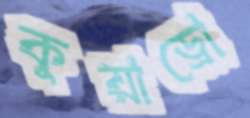
কুয়াড্রো